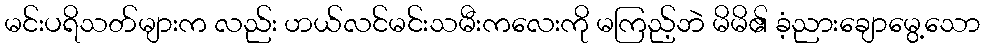
မင်းပရိသတ်များက လည်း ဟယ်လင်မင်းသမီးကလေးကို မကြည့်ဘဲ မိမိ၏ ခံ့ညားချောမွေ့သော